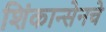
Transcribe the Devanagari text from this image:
शिंकान्सेनचे